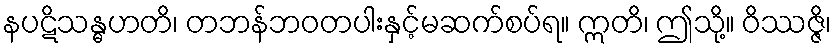
နပဋိသန္ဓဟတိ၊ တဘန်ဘဝတပါးနှင့်မဆက်စပ်ရ။ ဣတိ၊ ဤသို့။ ဝိဿဇ္ဇိ၊